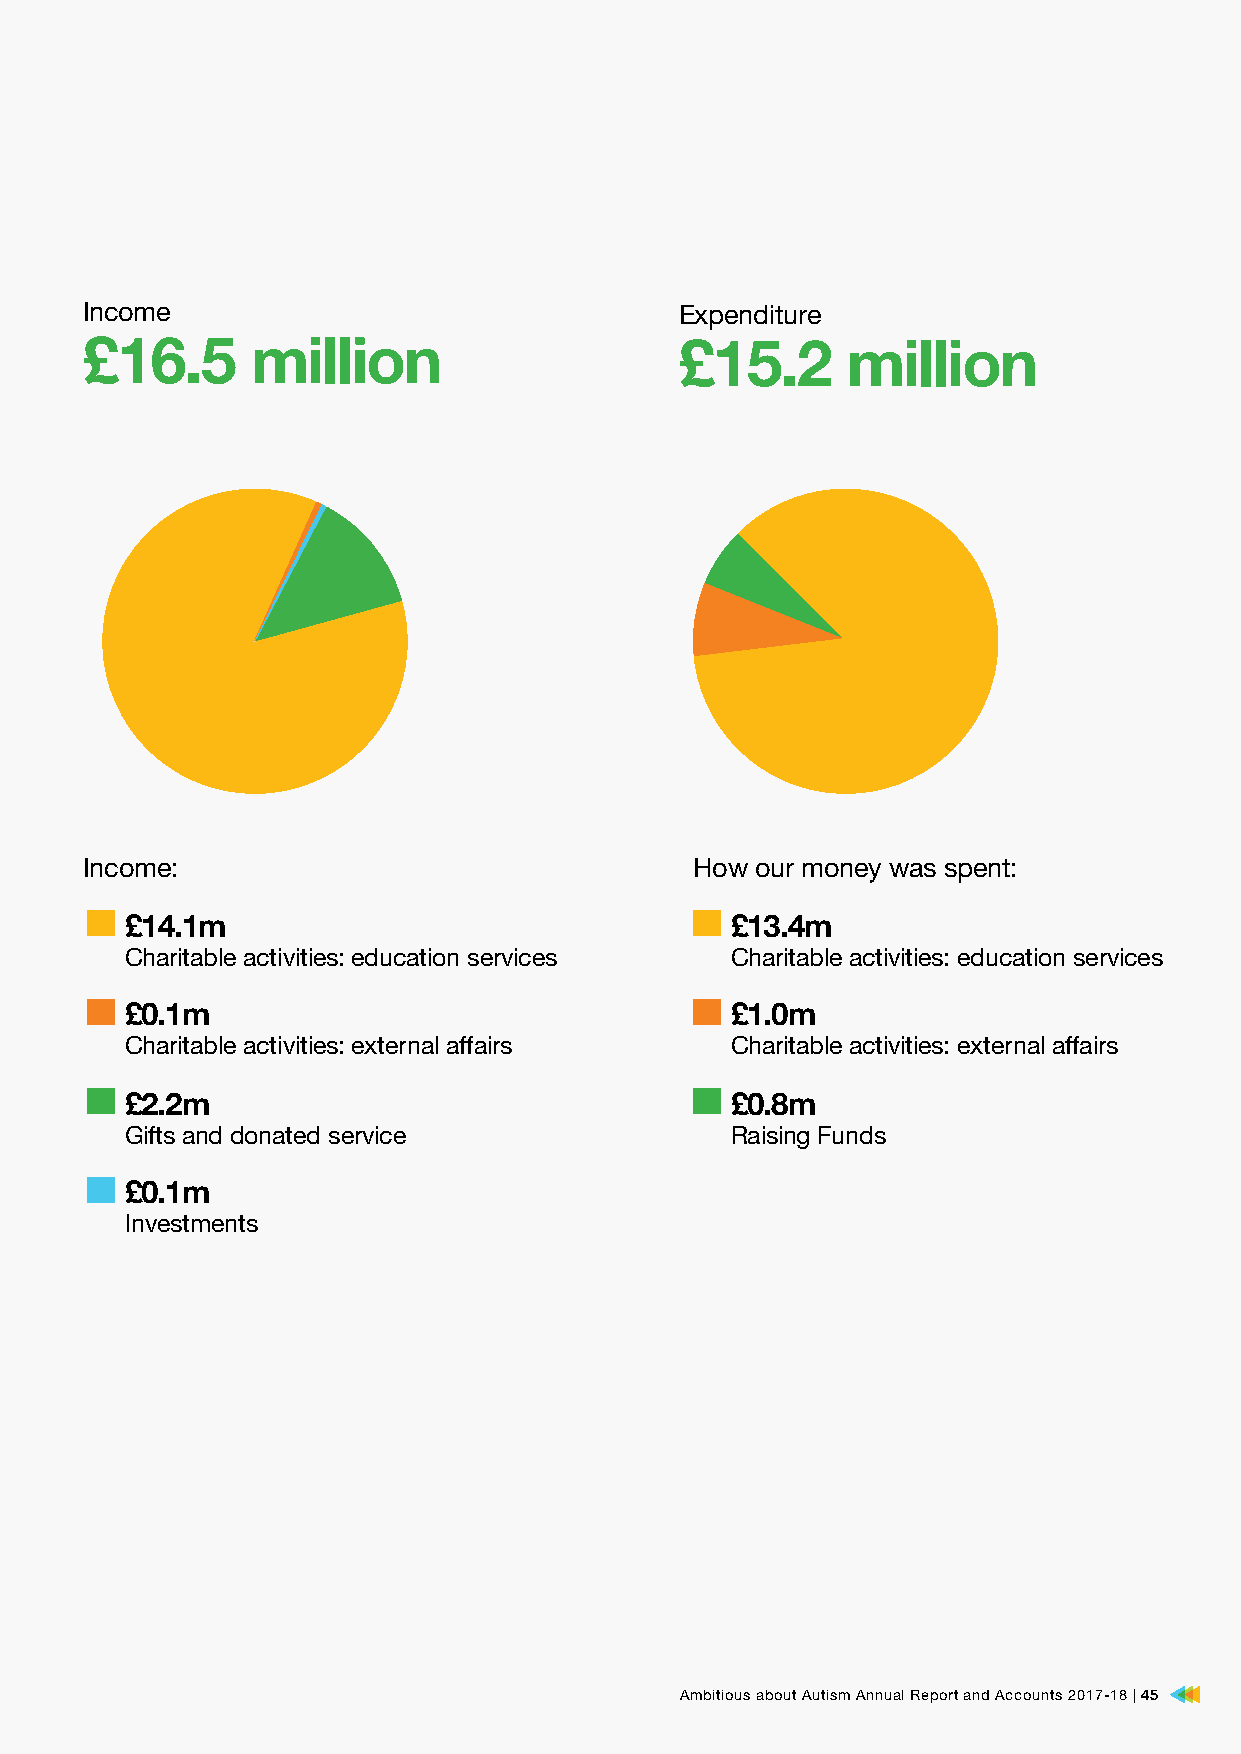
Income                                  Expenditure
 £16.5       million                     £15.2      million
 Income:                                  How our money was spent:
 £14.1m                                  £13.4m
 Charitable activities: education services Charitable activities: education services
 £0.1m                                   £1.0m
 Charitable activities: external affairs Charitable activities: external affairs
 £2.2m                                   £0.8m
 Gifts and donated service               Raising Funds
 £0.1m
 Investments
 AAmmbbiittiioouuss aabboouutt AAuuttiissmm AAnnnnuuaall RReeppoorrtt aanndd AAccccoouunnttss 22001177–-1188 || 4455